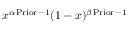
x ^ { \alpha \operatorname { P r i o r } - 1 } ( 1 - x ) ^ { \beta \operatorname { P r i o r } - 1 }